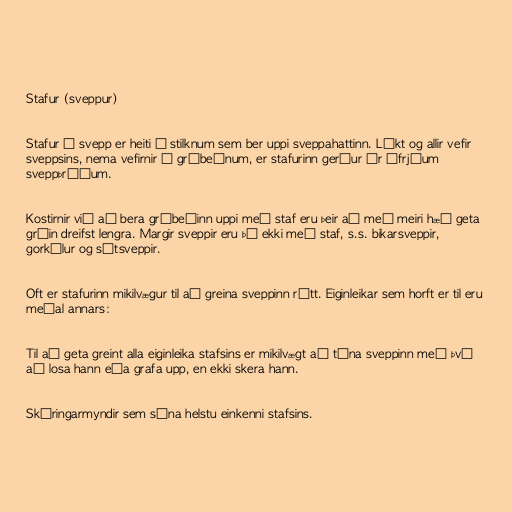
Stafur (sveppur)

Stafur á svepp er heiti á stilknum sem ber uppi sveppahattinn. Líkt og allir vefir
sveppsins, nema vefirnir í gróbeðnum, er stafurinn gerður úr ófrjóum
sveppþráðum.

Kostirnir við að bera gróbeðinn uppi með staf eru þeir að með meiri hæð geta
gróin dreifst lengra. Margir sveppir eru þó ekki með staf, s.s. bikarsveppir,
gorkúlur og sótsveppir.

Oft er stafurinn mikilvægur til að greina sveppinn rétt. Eiginleikar sem horft er til eru
meðal annars:

Til að geta greint alla eiginleika stafsins er mikilvægt að tína sveppinn með því
að losa hann eða grafa upp, en ekki skera hann.

Skýringarmyndir sem sýna helstu einkenni stafsins.